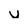
Character: u